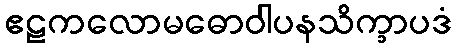
ဧဠကလောမဓောဝါပနသိက္ခာပဒံ